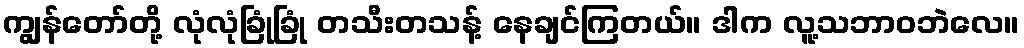
ကျွန်တော်တို့ လုံလုံခြုံခြုံ တသီးတသန့် နေချင်ကြတယ်။ ဒါက လူ့သဘာဝဘဲလေ။